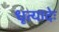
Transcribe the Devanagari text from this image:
धृत्यादेः